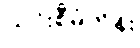
ယင်းစီမံကိန်း